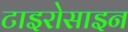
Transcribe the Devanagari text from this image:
टाइरोसाइन